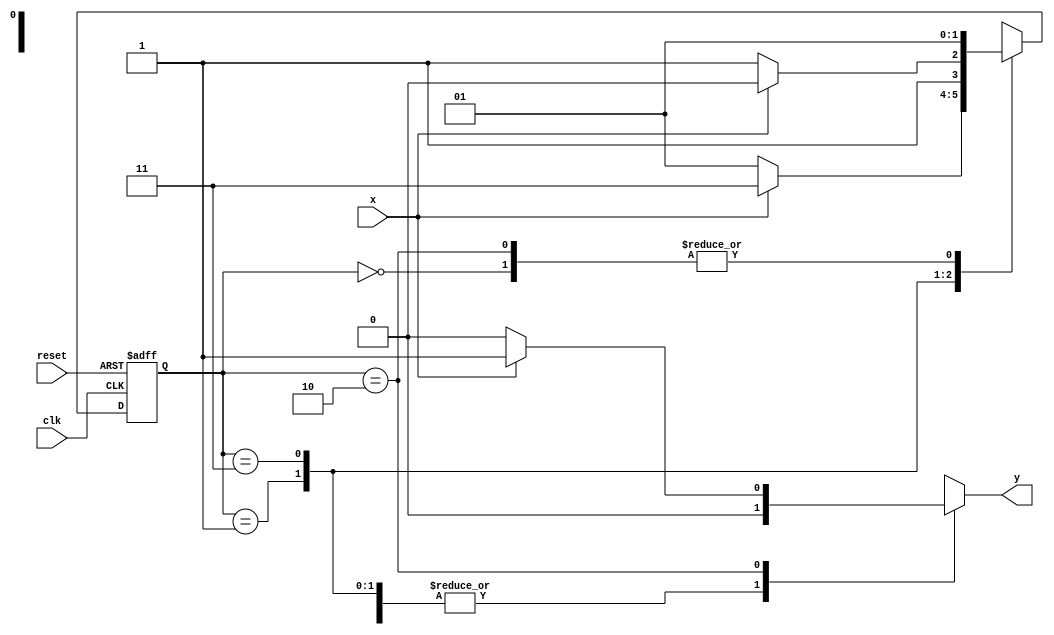
// ------------------------------------
// ------------------------------------
// Nome:Jnatas Sena Ferreira - Matricula : 427424
// Exemplo0055 - (extra)
// -------------------------------------

// ---------------
// --Mealy FSM
// -------------

//constant definitions
`define found 1
`define notfound 0

//FSM by Mealy
module mealyx111(y, x, clk, reset);

output y;
input x;
input clk;
input reset;

reg y;

parameter //state identifiers
start = 2'b00,
id1 = 2'b01,
id011=2'b11,
id110=2'b10;


reg[1:0]E1; //current state variables
reg[1:0]E2; //next stat logic output

//next state logic
always @(x or E1)
begin
	y = `notfound;
case(E1)
	start:
		if(x)
			E2 = id1;
		else
			E2 = id1;
id1:
	if(x)
		E2 = id011;
	else
		E2 =	id1;
id011:
	if(x)
		E2 = id110;
	else
		E2 = id011;	
id110:
	if(x)
		begin
			E2 = id1;
			y = `found;
	   end
else
	begin
		E2 = id1;
		y = `notfound;
	end
default:  //undefined state
	E2 = 2'bxx;
endcase

end // always at signal or state changing

//state variables
always @(posedge clk or negedge reset)
begin
if(reset)
E1 = E2; //updates current state
else
E1 = 0; //reset

end // always at signal changing

endmodule // mealyx111